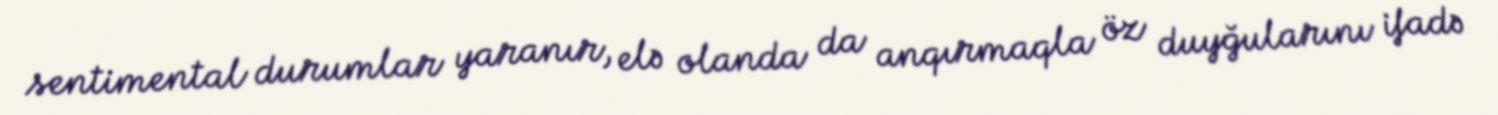
sentimental durumlar yaranır, elə olanda da anqırmaqla öz duyğularını ifadə